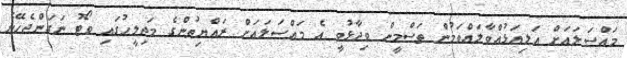
މައްސަލައަށް އަލިއަޅުއްވާލައްވަމުން ތަސްމީން ވިދާޅުވީ އެ މައްސަލައަށް ރައްޔިތުންގެ މަޖިލީހުގައި ވޯޓު ނަގަންޖެހޭނެ